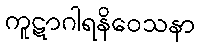
ကူဋာဂါရနိဝေသနာ